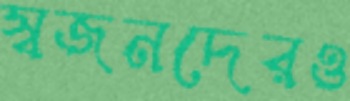
স্বজনদেরও